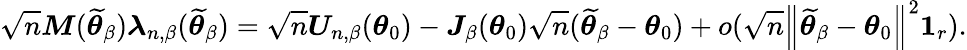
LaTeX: \sqrt{n}\boldsymbol{M}(\widetilde{\boldsymbol{\theta}}_{\beta})\boldsymbol{\lambda}_{n,\beta}(\widetilde{\boldsymbol{\theta}}_{\beta})=\sqrt{n}\boldsymbol{U}_{n,\beta}(\boldsymbol{\theta}_{0})-\boldsymbol{J}_{\beta}(\boldsymbol{\theta}_{0})\sqrt{n}(\widetilde{\boldsymbol{\theta}}_{\beta}-\boldsymbol{\theta}_{0})+o(\sqrt{n}\left\Vert\widetilde{\boldsymbol{\theta}}_{\beta}-\boldsymbol{\theta}_{0}\right\Vert^{2}\boldsymbol{1}_{r}).